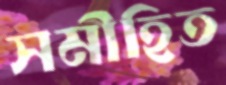
সমীহিত